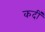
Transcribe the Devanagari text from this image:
कर्दी